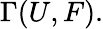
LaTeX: \Gamma(U,F).